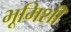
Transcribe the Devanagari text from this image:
भूमिशी